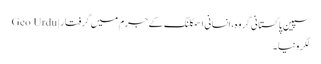
سپین پاکستانی گروہ، انسانی اسمگلنگ کے جرم میں گرفتار | Geo Urdu
لگرونیا۔